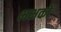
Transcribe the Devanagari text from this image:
भक्षकों